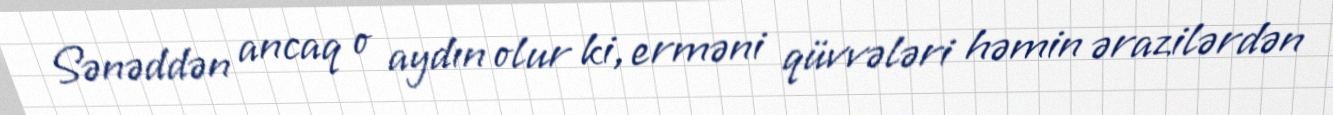
Sənəddən ancaq o aydın olur ki, erməni qüvvələri həmin ərazilərdən